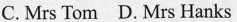
C. Mrs Tom D. Mrs Hanks